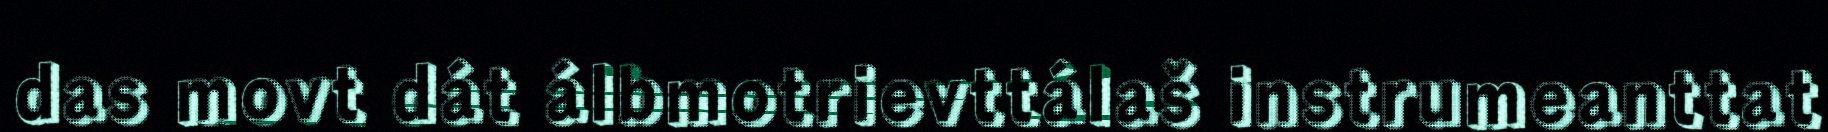
das movt dát álbmotrievttálaš instrumeanttat